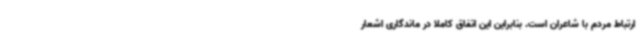
ارتباط مردم با شاعران است. بنابراین این اتفاق کاملا در ماندگاری اشعار